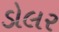
ડોલર